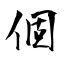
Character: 個